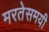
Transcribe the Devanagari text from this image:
मरतेसमयी